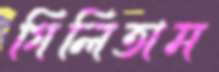
গিলিতাম